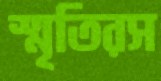
স্মৃতিরস